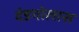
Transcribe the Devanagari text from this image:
दंडगोलास